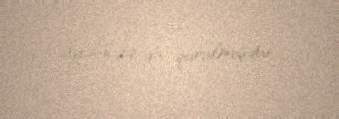
ayının 29-da qurulmuşdur.